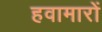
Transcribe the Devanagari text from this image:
हवामारों